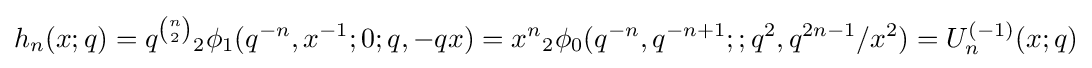
\displaystyle h_{n}(x;q)=q^{\binom {n}{2}}{}_{2}\phi _{1}(q^{-n},x^{-1};0;q,-qx)=x^{n}{}_{2}\phi _{0}(q^{-n},q^{-n+1};;q^{2},q^{2n-1}/x^{2})=U_{n}^{(-1)}(x;q)